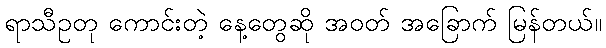
ရာသီဥတု ကောင်းတဲ့ နေ့တွေဆို အဝတ် အခြောက် မြန်တယ်။